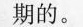
期的。